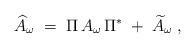
LaTeX: \begin{align*}\widehat{A}_\omega\;=\;\Pi\, A_\omega\,\Pi^*\;+\;\widetilde{A}_\omega\;,\end{align*}